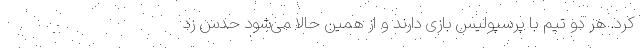
کرد. هر دو تیم با پرسپولیس بازی دارند و از همین حالا می‌شود حدس زد